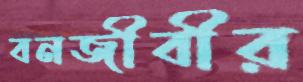
বনজীবীর